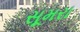
સૂમરા